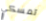
تمسكي